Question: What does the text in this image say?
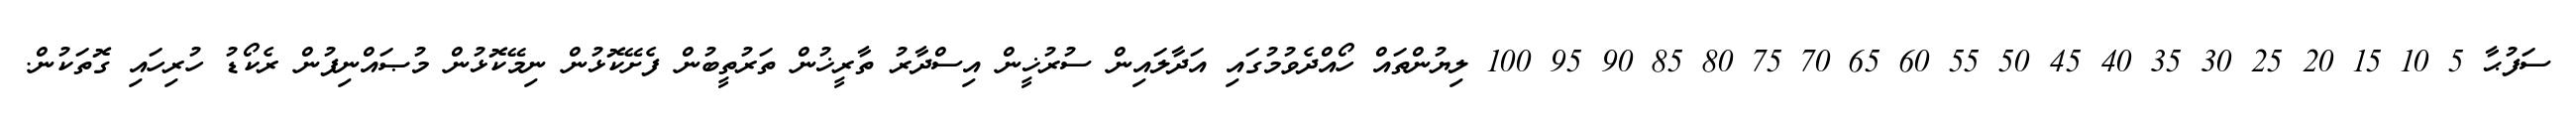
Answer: ސަފުޙާ 5 10 15 20 25 30 35 40 45 50 55 60 65 70 75 80 85 90 95 100 ލިޔުންތައް ހޯއްދެވުމުގައި އަދާލައިން ސުރުޚީން އިސްދާރު ތާރީޚުން ތަރުތީބުން ފެށޭކޮޅުން ނިމޭކޮޅުން މުޞައްނިފުން ރެކޯޑު ހުރިހައި ގޮތަކުން.